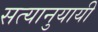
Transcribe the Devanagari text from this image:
सत्यानुयायी